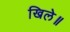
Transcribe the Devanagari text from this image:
खिले॥